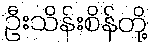
ဦးသိန်းစိန်တို့